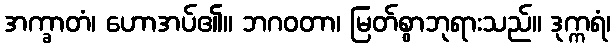
အက္ခာတံ၊ ဟောအပ်၏။ ဘဂဝတာ၊ မြတ်စွာဘုရားသည်။ ဒုက္ကရံ၊